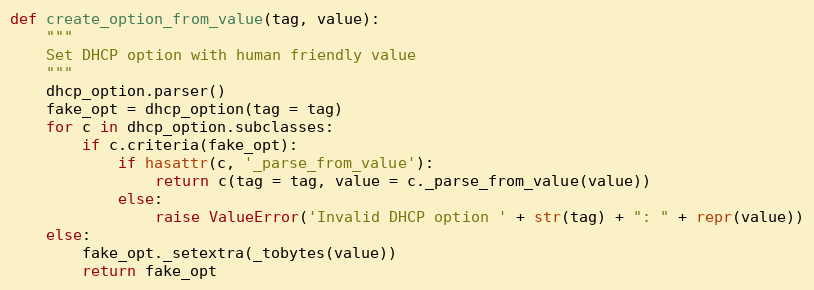
Language: Python
def create_option_from_value(tag, value):
    """
    Set DHCP option with human friendly value
    """
    dhcp_option.parser()
    fake_opt = dhcp_option(tag = tag)
    for c in dhcp_option.subclasses:
        if c.criteria(fake_opt):
            if hasattr(c, '_parse_from_value'):
                return c(tag = tag, value = c._parse_from_value(value))
            else:
                raise ValueError('Invalid DHCP option ' + str(tag) + ": " + repr(value))
    else:
        fake_opt._setextra(_tobytes(value))
        return fake_opt